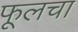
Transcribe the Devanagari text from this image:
फूलचा